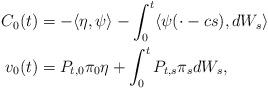
LaTeX: \begin{align*}C_0(t) & = - \langle \eta, \psi \rangle - \int_0^t \langle \psi(\cdot-cs), dW_s \rangle \\v_0(t) & = P_{t,0} \pi_0 \eta + \int_0^t P_{t,s} \pi_s dW_s,\end{align*}